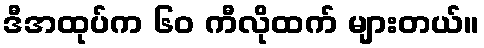
ဒီအထုပ်က ၆၀ ကီလိုထက် များတယ်။